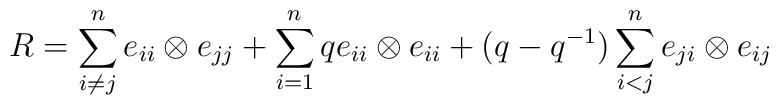
R  =\sum _{i\ne j}^n e_{ii} \otimes e_{jj} +\sum _{i=1}^n  qe_{ii}\otimes e_{ii} +(q -q^{-1}) \sum _{i<j}^n e_{ji}\otimes e_{ij}